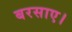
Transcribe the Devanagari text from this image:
बरसाए।